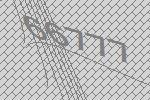
66777